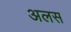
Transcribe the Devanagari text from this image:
अलस